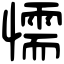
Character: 懦